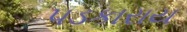
પડકારાય